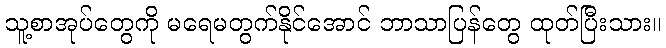
သူ့စာအုပ်တွေကို မရေမတွက်နိုင်အောင် ဘာသာပြန်တွေ ထုတ်ပြီးသား။